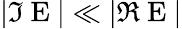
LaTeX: |\Im\mathrm{~E~}|\ll|\Re\mathrm{~E~}|